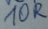
Text: 10R